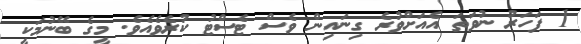
1 ފަހަރު ނުވަތަ އެއަށްވުރެ ގިނައިން ވެސް ޓެސްޓު ކުރެވެއެވެ. މީގެ ބޭނުމަކީ